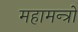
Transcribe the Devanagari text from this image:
महामन्त्रो